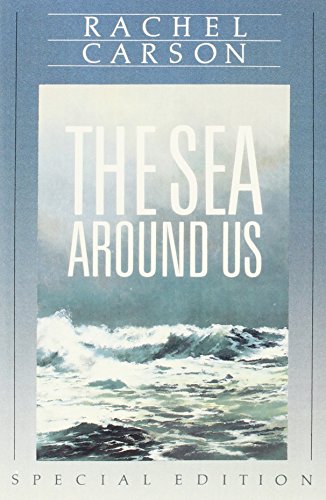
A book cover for The Sea Around Us,  Special Edition; Rachel Carson; Science & Math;